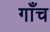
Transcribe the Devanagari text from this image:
गाँच